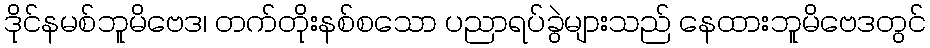
ဒိုင်နမစ်ဘူမိဗေဒ၊ တက်တိုးနစ်စသော ပညာရပ်ခွဲများသည် နေထားဘူမိဗေဒတွင်